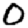
Digit: 0